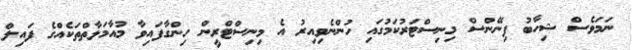
ނަމަވެސް ޝިހާބު ފިނޭންސް މިނިސްޓަރުކަމުގައި ހުންނެވިއިރު އެ މިނިސްޓްރީން ހިންގާފައިވާ މުއާމަލާތްތަކެއްގެ ފައިލް